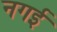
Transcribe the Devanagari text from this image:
नगई